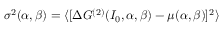
\sigma ^ { 2 } ( \alpha , \beta ) = \langle [ \Delta G ^ { ( 2 ) } ( I _ { 0 } , \alpha , \beta ) - \mu ( \alpha , \beta ) ] ^ { 2 } \rangle